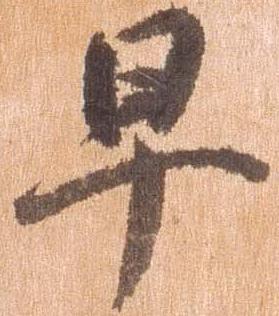
早